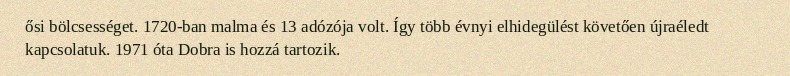
ősi bölcsességet. 1720-ban malma és 13 adózója volt. Így több évnyi elhidegülést követően újraéledt kapcsolatuk. 1971 óta Dobra is hozzá tartozik.